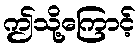
ဤသို့ကြောင့်